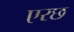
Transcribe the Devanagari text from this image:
एरछ